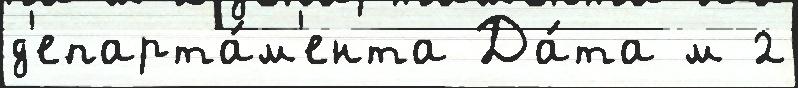
д'епарта́м'ента Да́та м 2